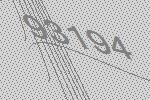
93194